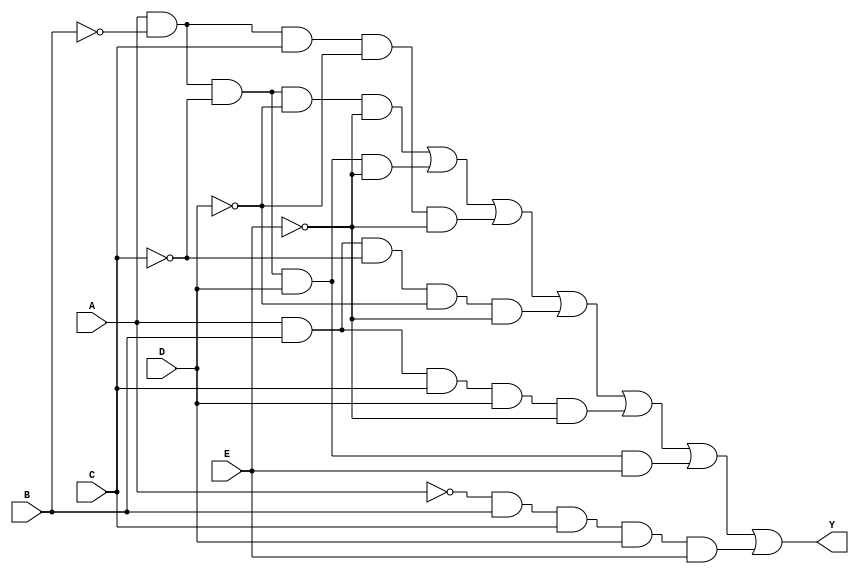
module five_variable_kmap (
    input wire A,  // Input variable A
    input wire B,  // Input variable B
    input wire C,  // Input variable C
    input wire D,  // Input variable D
    input wire E,  // Input variable E
    output wire Y  // Output Y based on K-map simplification
);

// Define the K-map output based on the combination of inputs.
// Here, we assume a hypothetical grouping for the K-map.
// You can modify the following line to match your specific K-map minterms.
assign Y = (A & ~B & ~C & ~D & ~E) | // minterm 0
           (A & ~B & ~C &  D & ~E) | // minterm 2
           (A & ~B &  C & ~D & ~E) | // minterm 4
           (A &  B & ~C & ~D & ~E) | // minterm 8
           (A &  B &  C &  D & ~E) | // minterm 24
           (A & ~B & ~C &  D &  E) | // minterm 18
           (~A & B & C & D & E) ;    // minterm 31

endmodule